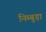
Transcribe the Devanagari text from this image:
निम्बुड़ा